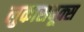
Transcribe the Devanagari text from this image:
लुकासबूक्स